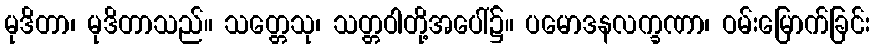
မုဒိတာ၊ မုဒိတာသည်။ သတ္တေသု၊ သတ္တဝါတို့အပေါ်၌။ ပမောဒနလက္ခဏာ၊ ဝမ်းမြောက်ခြင်း